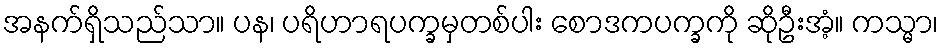
အနက်ရှိသည်သာ။ ပန၊ ပရိဟာရပက္ခမှတစ်ပါး စောဒကပက္ခကို ဆိုဦးအံ့။ ကသ္မာ၊